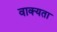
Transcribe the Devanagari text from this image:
वाक्यता